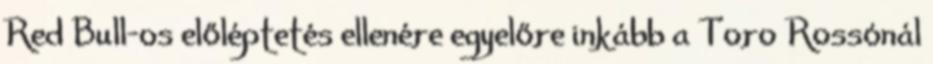
Red Bull-os előléptetés ellenére egyelőre inkább a Toro Rossónál